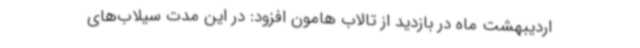
اردیبهشت ماه در بازدید از تالاب هامون افزود: در این مدت سیلاب‌های